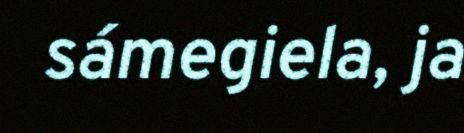
sámegiela, ja